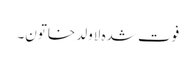
فوت شدہ لاولد خاتون۔